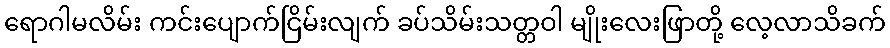
ရောဂါမလိမ်း ကင်းပျောက်ငြိမ်းလျက် ခပ်သိမ်းသတ္တဝါ မျိုးလေးဖြာတို့ လေ့လာသိခက်